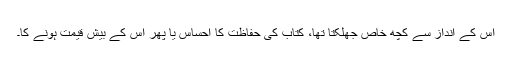
اس کے انداز سے کچھ خاص جھلکتا تھا، کتاب کی حفاظت کا احساس یا پھر اس کے بیش قیمت ہونے کا۔